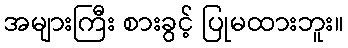
အများကြီး စားခွင့် ပြုမထားဘူး။